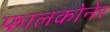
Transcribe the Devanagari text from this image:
फालकोनेर